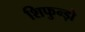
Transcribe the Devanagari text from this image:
शिफुन्ड़ो